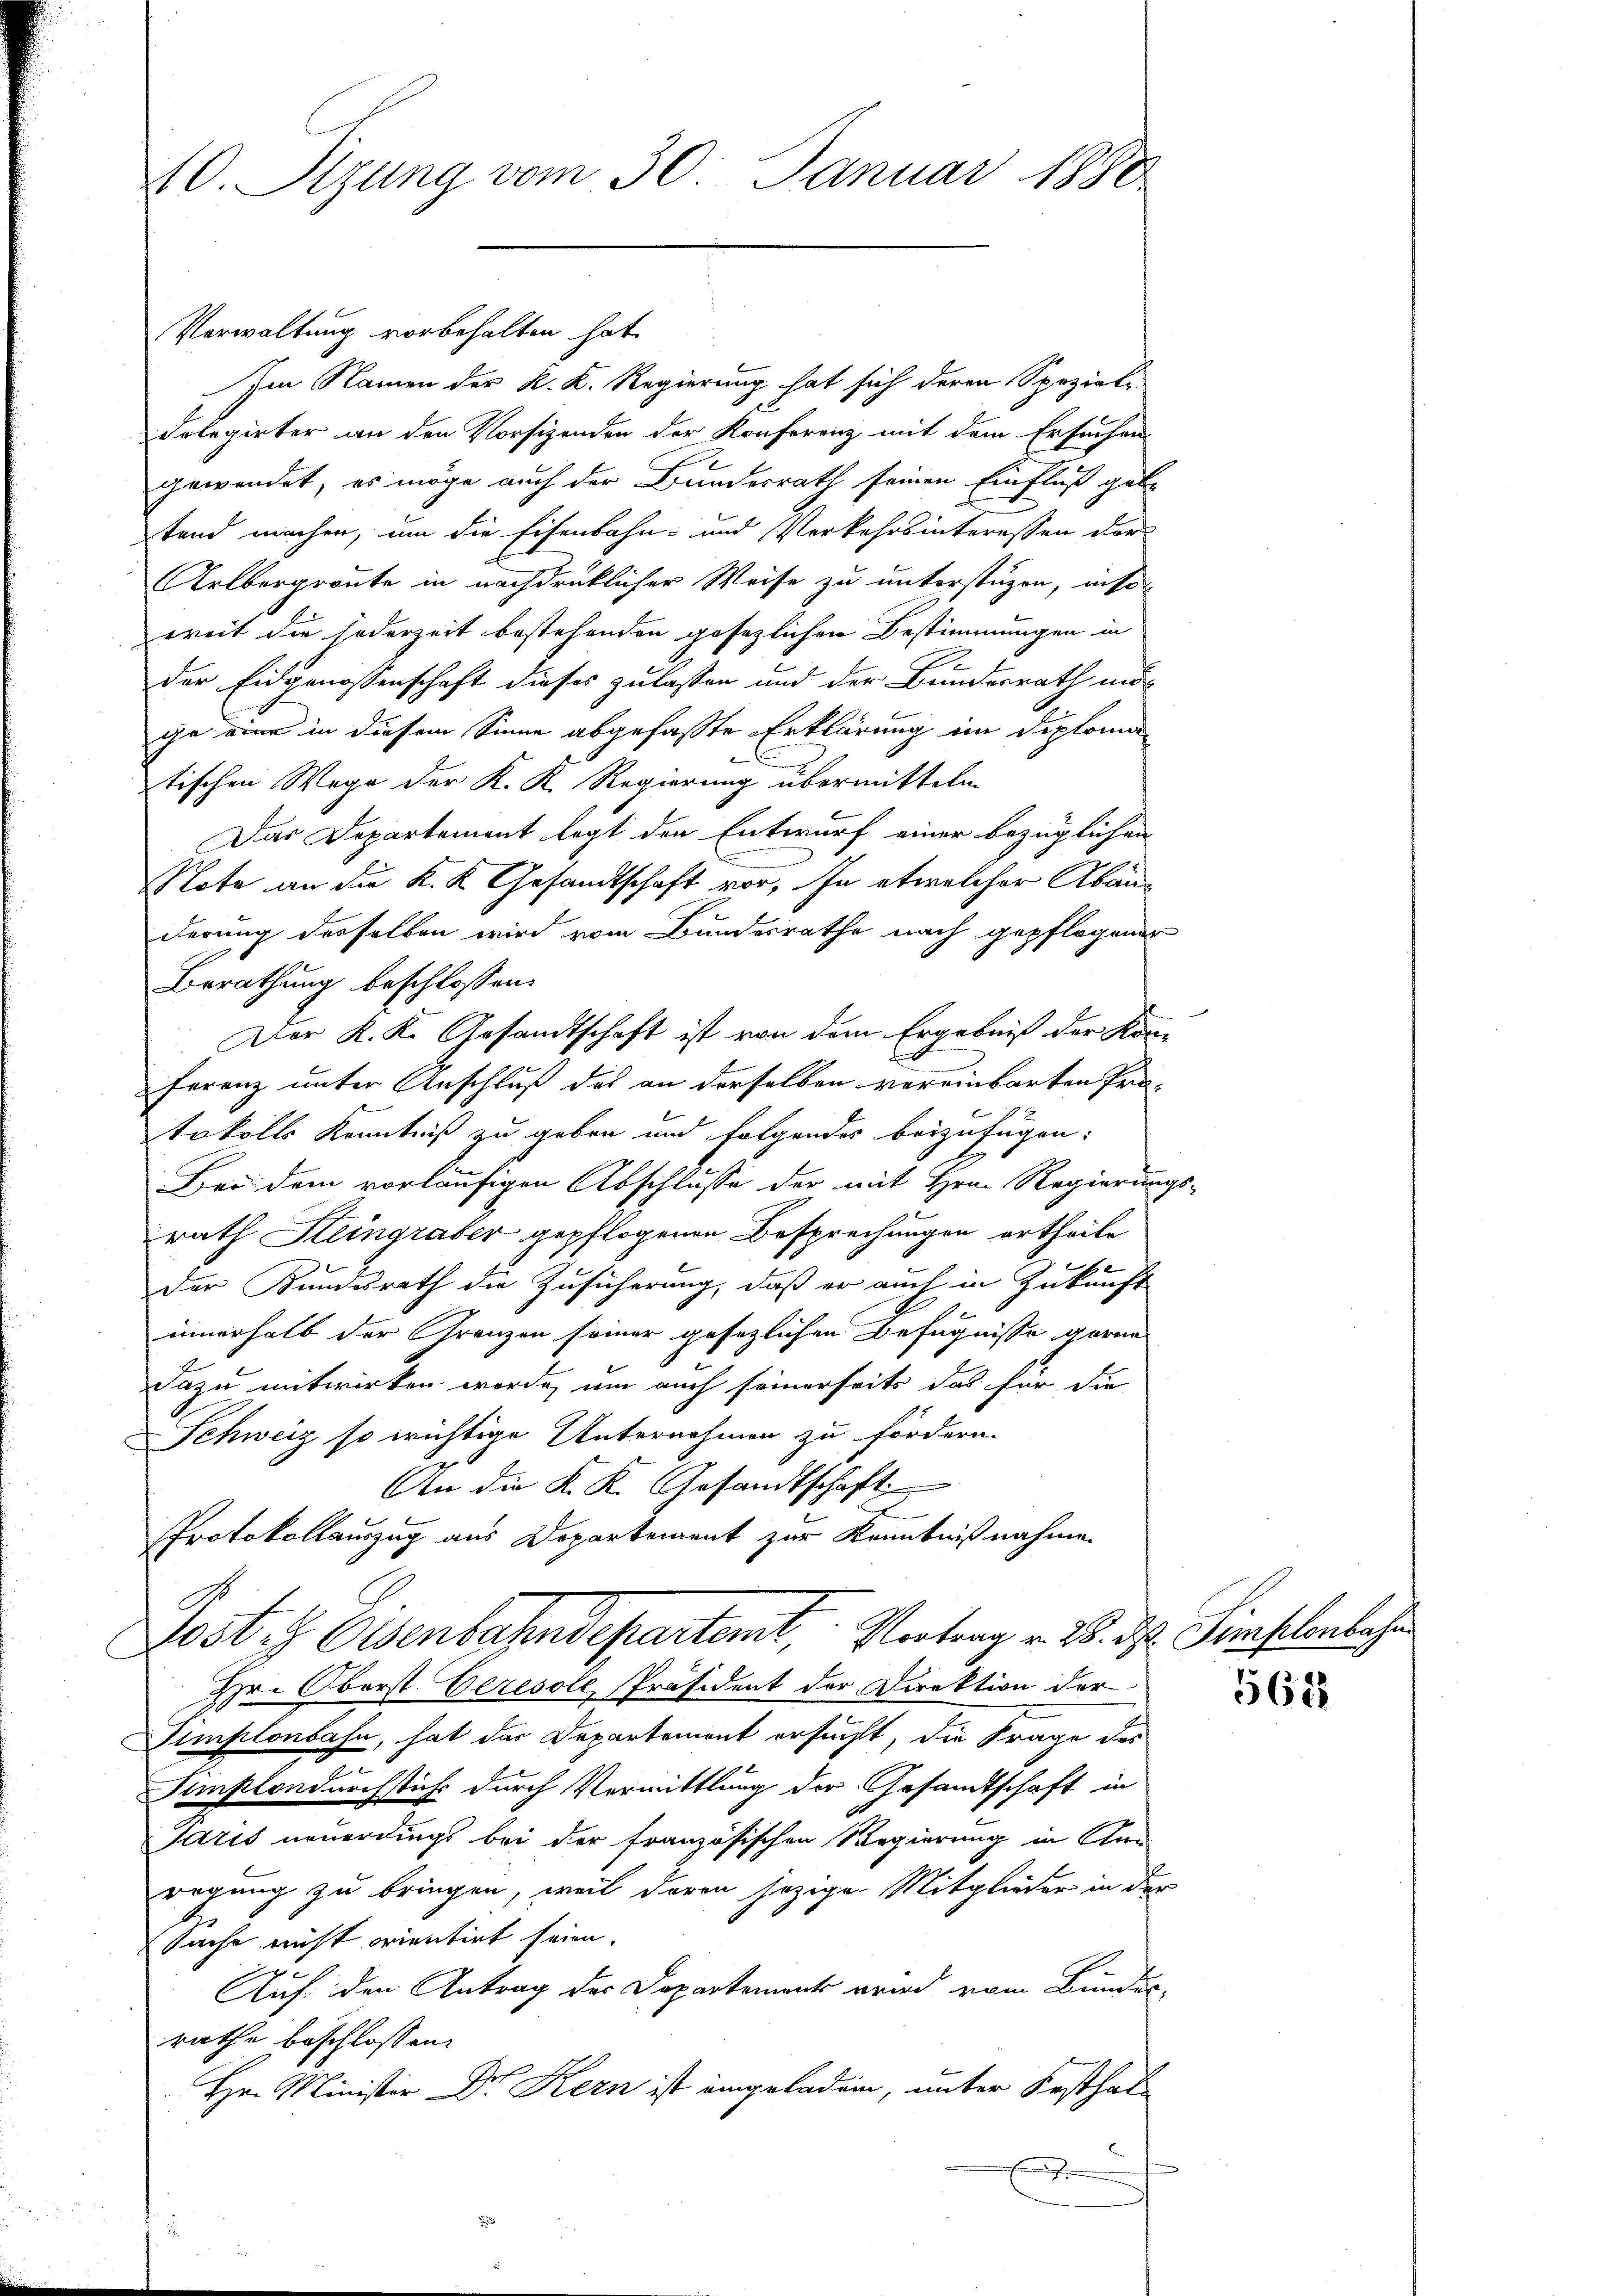
40. Stzung vom 30. Januar 1880.

Verwaltung vorbehalten hat.
Im Namen der K. K. Regierung hat sich deren Spezial¬
Kolegirter an den Vorsizenden der Konferenz mit dem Ersuchen
gewendet, es möge auch der Bundesrath seinen Einfluß gebe
tend machen, um die Eisenbahn- und Verkehrsinteressen der
A
Arlbergroute in nachdrücklicher Weise zu unterstüzen, inso-
weit die jederzeit bestehenden gesezlichen Bestimmungen in
der Eidgenossenschaft dieses zulassen und der Bundesrath mö
ge eine in diesem Sinne abgefasste Erklärung im Diploma
tischen Wege der K. K. Regierung übermitteln
Das Departement legt den Entwurf einer bezüglichen
Note an die K. K. Gesandtschaft vor. In etwelcher Abänderung desselben wird vom Bundesrathe nach gepflogener
Berathung beschlossen:
Der K. K. Gesandtschaft ist von dem Ergebniß der Kon-
ferenz unter Anschluß des an derselben vereinbarten Pro-
tokolls Kenntniß zu geben und folgendes beizufügen.
Bei dem vorläufigen Abschlusse der mit Hrn. Regierungs-
rath Steingraber gepflogenen Besprechungen ertheile
b
Der Kundesrath die Zusicherung, daß er auch in Zukunft
innerhalb der Grenzen seiner gesezlichen Befugnisse gerne
Dazu mitwirken werde, um auch seinerseits das für die
Schweiz so wichtige Unternehmen zu fördern.
An die K. K. Gesandtschaft
Protokollauszug aus Departement zur Kenntnißnahme
Post u. Eisenbahndepartemt, Vortrag v. 28. d. Simplenbahr
Hr. Oberst. Geresole Präsident der Direktion der
Simplonbahn, hat des Departement ersucht, die Frage des
Simplondurchstich durch Vermittlung der Gesandtschaft in
Paris neuerdings bei der französischen Regierung in Ken
regung zu bringen, weil davon jezige Mitglieder in der
Sache nicht orientirt seien.
Auf den Antrag des Departement wird vom Bundes-
rathe beschlossen:
Hr. Minister Dr. Kern ist eingeladen, unter Festhalx

562